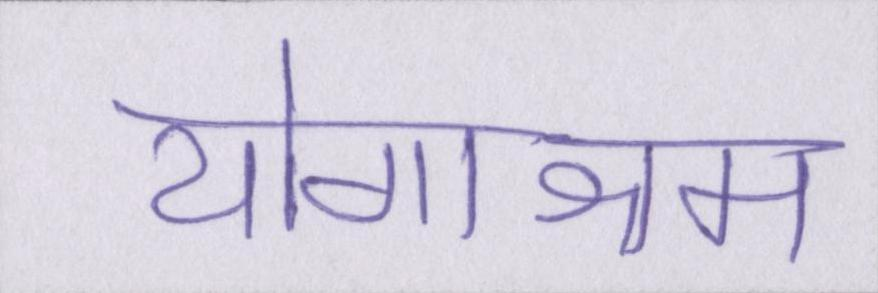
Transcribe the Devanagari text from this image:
योगाश्रम